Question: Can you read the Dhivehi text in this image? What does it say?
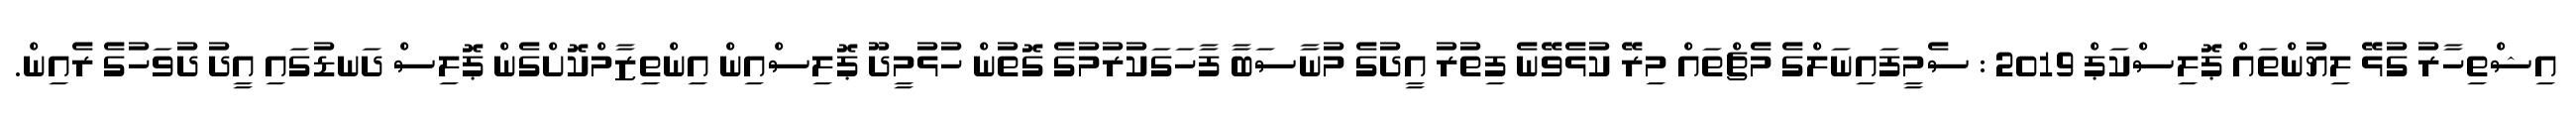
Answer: އިޝްތިހާރު ގުޅޭ ލިޔުންތައް ޕޮލިސްކަޕް 2019 : ސެމީފައިނަލްގެ މެޗްތައް މިރޭ ކުޅެވޭނެ ފިތުރު އީދުގެ މުނާސަބާ ފާހަގަކުރުމުގެ ގޮތުން ހުޅުމީދޫ ޕޮލިސްއިން އިންތިޒާމްކޮށްގެން ޕޮލިސް ދަނޑުގައި އީދު ދުވަހުގެ ރެއިން.